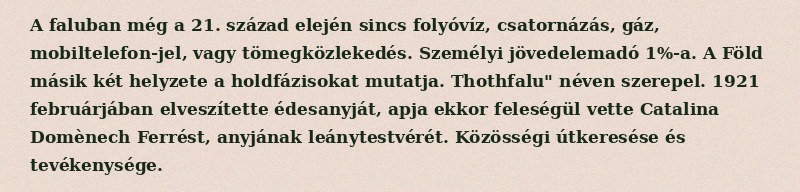
A faluban még a 21. század elején sincs folyóvíz, csatornázás, gáz, mobiltelefon-jel, vagy tömegközlekedés. Személyi jövedelemadó 1%-a. A Föld másik két helyzete a holdfázisokat mutatja. Thothfalu" néven szerepel. 1921 februárjában elveszítette édesanyját, apja ekkor feleségül vette Catalina Domènech Ferrést, anyjának leánytestvérét. Közösségi útkeresése és tevékenysége.